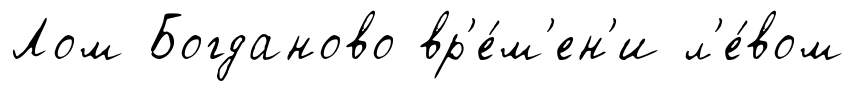
Лом Богданово вр'е́м'ен'и л'е́вом